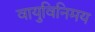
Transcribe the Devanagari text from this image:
वायुविनिमय